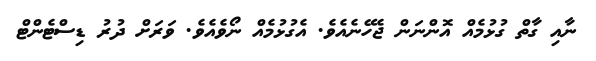
ނާއި ގާތް ގުޅުމެއް އޮންނަން ޖެހޭނެއެވެ. އެގުޅުމެއް ނޯވެއެވެ. ވަރަށް ދުރު ޑިސްޓެންޓް